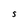
Character: S